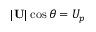
| \mathbf { U } | \cos \theta = U _ { p }